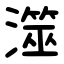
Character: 澨